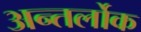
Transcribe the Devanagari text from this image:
अन्तर्लोक